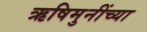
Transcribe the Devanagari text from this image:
ऋषिमुनींच्या